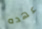
عهده